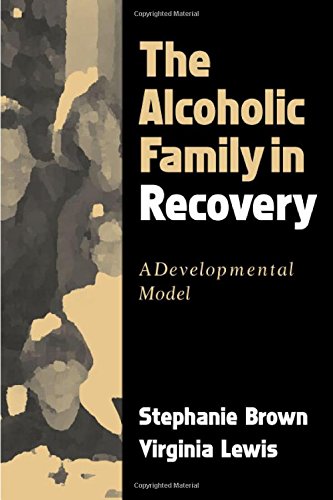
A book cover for The Alcoholic Family in Recovery: A Developmental Model; Stephanie Brown PhD; Health, Fitness & Dieting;